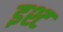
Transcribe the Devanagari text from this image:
इश्ट